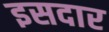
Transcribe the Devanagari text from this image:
इसदार